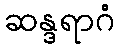
ဆန္ဒရာဂံ